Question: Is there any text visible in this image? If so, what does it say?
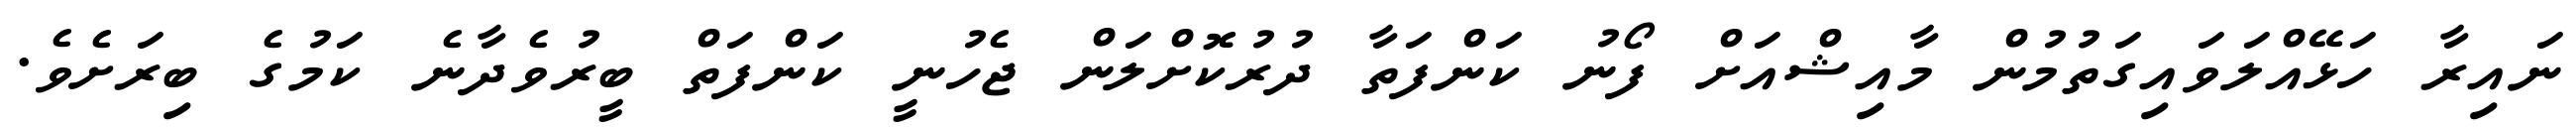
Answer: ނައިރާ ހަޅޭއްލަވައިގަތުމުން މާއިޝްއަށް ފޯނު ކަންފަތާ ދުރުކޮށްލަން ޖެހުނީ ކަންފަތް ބީރުވެދާނެ ކަމުގެ ބިރަށެވެ.